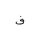
Letter: _fa